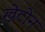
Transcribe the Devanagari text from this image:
खेटोन